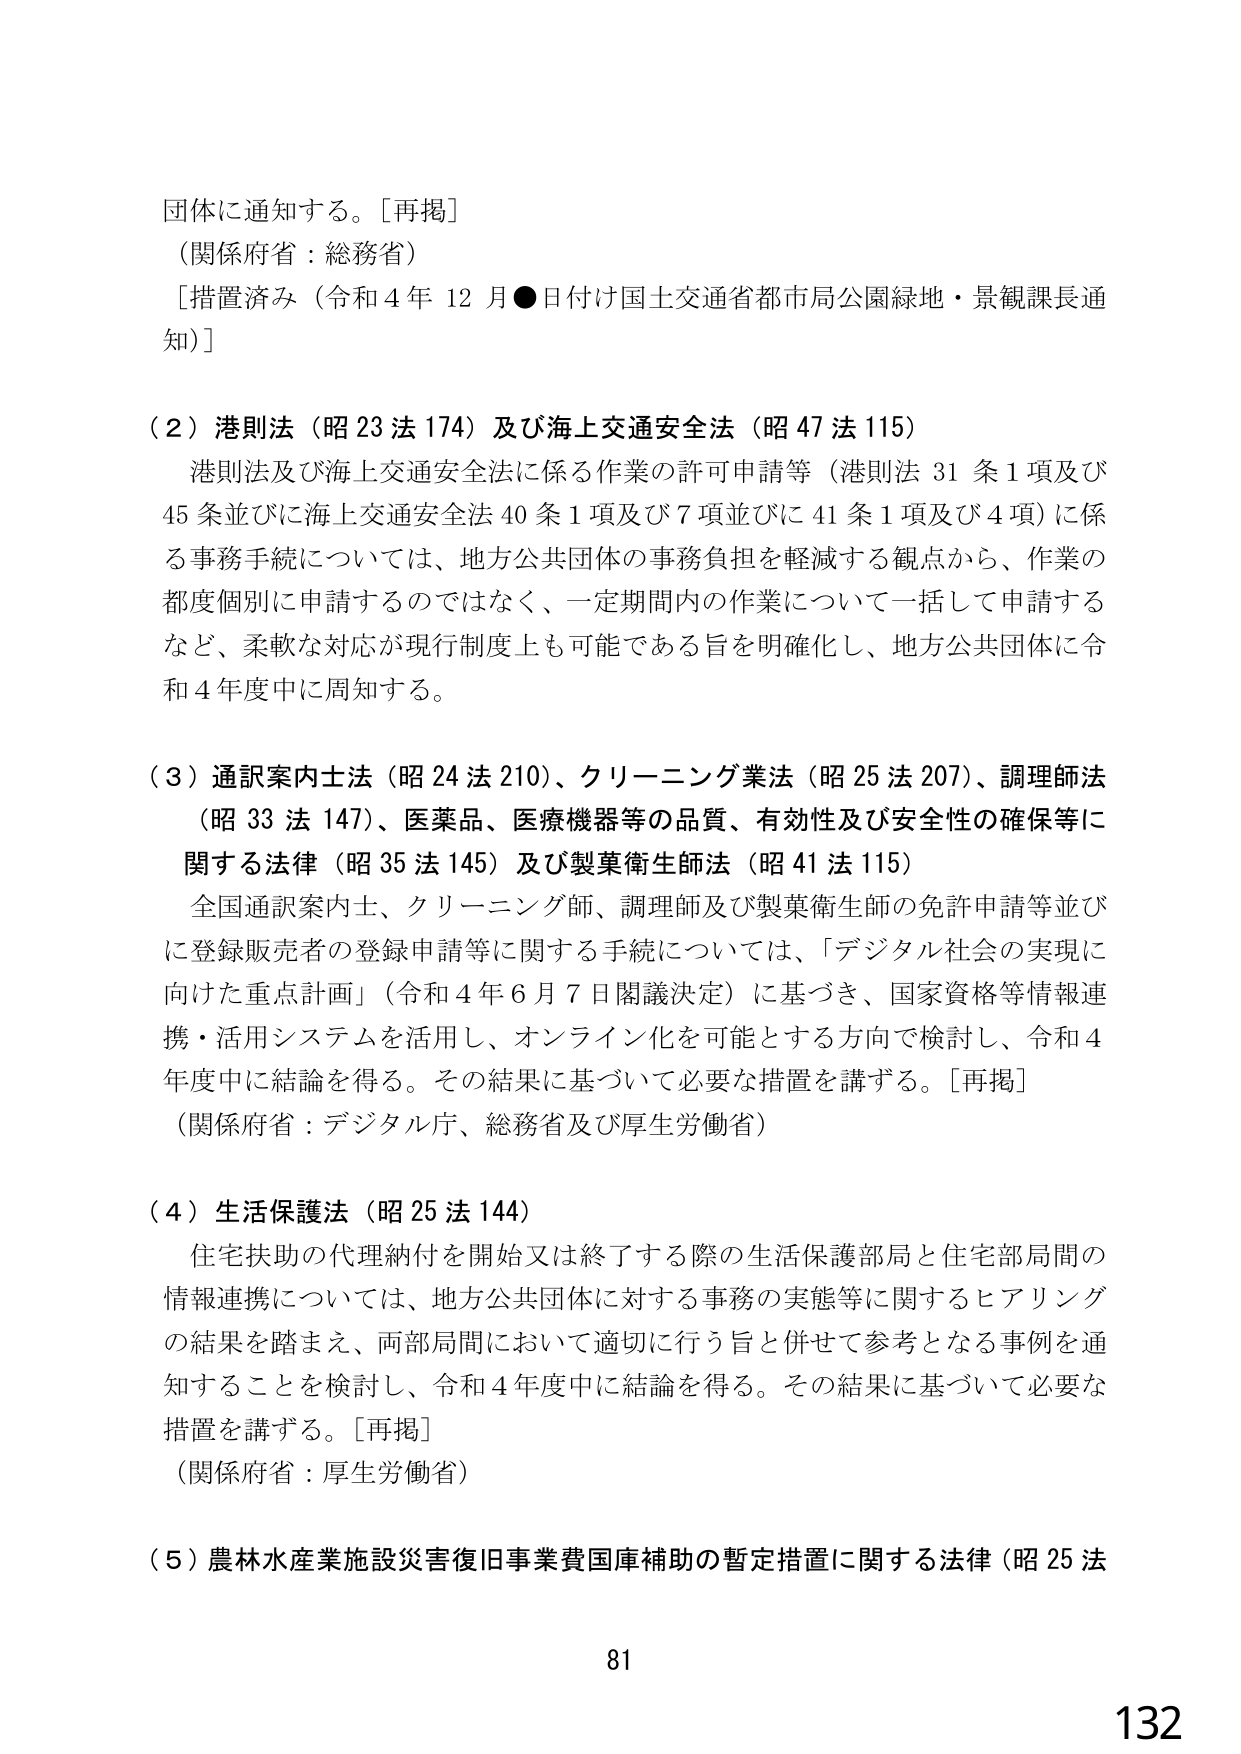
団体に通知する。［再掲］
（関係府省：総務省）
［措置済み（令和４年１２月●日付け国土交通省都市局公園緑地・景観課長通知）］

（２）港則法（昭２３法１７４）及び海上交通安全法（昭４７法１１５）
　港則法及び海上交通安全法に係る作業の許可申請等（港則法３１条１項及び４５条並びに海上交通安全法４０条１項及び７項並びに４１条１項及び４項）に係る事務手続については、地方公共団体の事務負担を軽減する観点から、作業の都度個別に申請するのではなく、一定期間内の作業について一括して申請するなど、柔軟な対応が現行制度上も可能である旨を明確化し、地方公共団体に令和４年度中に周知する。

（３）通訳案内士法（昭２４法２１０）、クリーニング業法（昭２５法２０７）、調理師法（昭３３法１４７）、医薬品、医療機器等の品質、有効性及び安全性の確保等に関する法律（昭３５法１４５）及び製薬衛生師法（昭４１法１１５）
　全国通訳案内士、クリーニング師、調理師及び製薬衛生師の免許申請等並びに登録販売者の登録申請等に関する手続については、「デジタル社会の実現に向けた重点計画」（令和４年６月７日閣議決定）に基づき、国家資格等情報連携・活用システムを活用し、オンライン化を可能とする方向で検討し、令和４年度中に結論を得る。その結果に基づいて必要な措置を講ずる。［再掲］
（関係府省：デジタル庁、総務省及び厚生労働省）

（４）生活保護法（昭２５法１４４）
　住宅扶助の代理納付を開始又は終了する際の生活保護部局と住宅部局間の情報連携については、地方公共団体に対する事務の実態等に関するヒアリングの結果を踏まえ、両部局間において適切に行う旨と併せて参考となる事例を通知することを検討し、令和４年度中に結論を得る。その結果に基づいて必要な措置を講ずる。［再掲］
（関係府省：厚生労働省）

（５）農林水産業施設災害復旧事業費国庫補助の暫定措置に関する法律（昭２５法

81
132